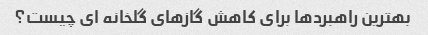
بهترین راهبردها برای کاهش گازهای گلخانه ای چیست؟